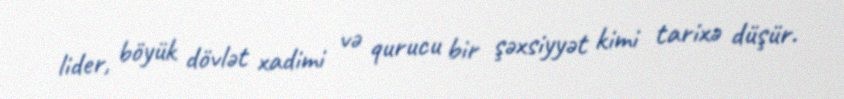
lider, böyük dövlət xadimi və qurucu bir şəxsiyyət kimi tarixə düşür.